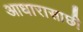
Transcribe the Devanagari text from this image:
आधारासाछी